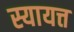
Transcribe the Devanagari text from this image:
स्यायत्त